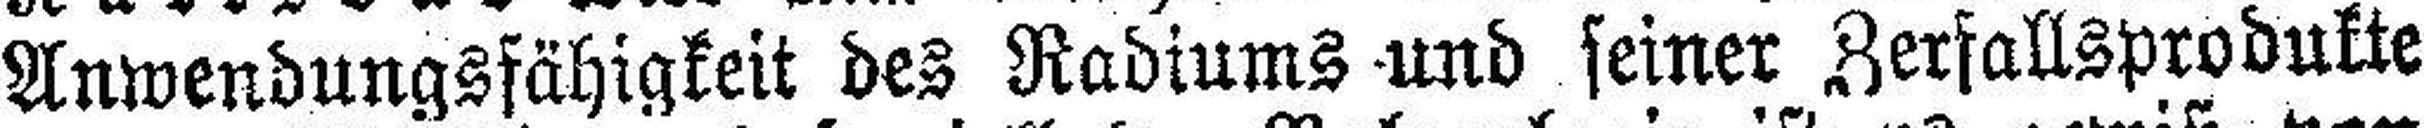
Anwendungsfähigkeit des Radiums =und seiner Zerfallsprodukte